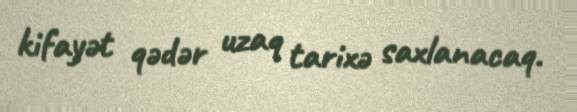
kifayət qədər uzaq tarixə saxlanacaq.